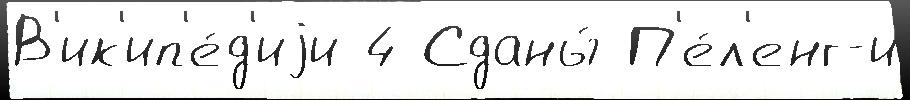
В'ик'ип'е́д'иjи 4 Сданы́ П'е́л'енг-и